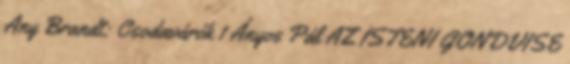
Any Brandt: Csodavárók 1 Ányos Pál AZ ISTENI GONDVISE